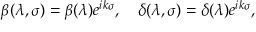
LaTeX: \beta ( \lambda , \sigma ) = \beta ( \lambda ) e ^ { i k \sigma } , \quad \delta ( \lambda , \sigma ) = \delta ( \lambda ) e ^ { i k \sigma } ,